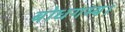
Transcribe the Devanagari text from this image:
बोधगम्य।